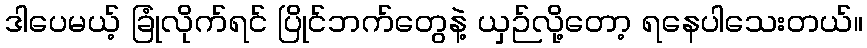
ဒါပေမယ့် ခြုံလိုက်ရင် ပြိုင်ဘက်တွေနဲ့ ယှဉ်လို့တော့ ရနေပါသေးတယ်။